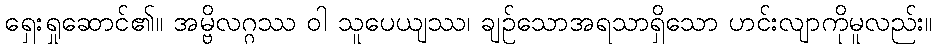
ရှေးရှုဆောင်၏။ အမ္ဗိလဂ္ဂဿ ဝါ သူပေယျဿ၊ ချဉ်သောအရသာရှိသော ဟင်းလျာကိုမူလည်း။